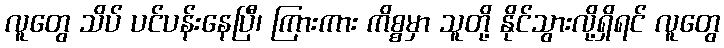
လူတွေ သိပ် ပင်ပန်းနေပြီ၊ ကြားကား ကိစ္စမှာ သူတို့ နိုင်သွားလို့ရှိရင် လူတွေ